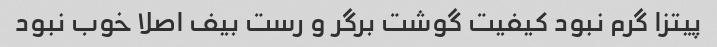
پیتزا گرم نبود کیفیت گوشت برگر و رست بیف اصلا خوب نبود